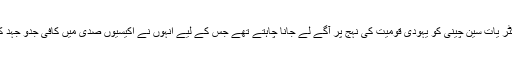
ڈاکٹر یات سین چینی کو یہودی قومیت کی نہج پر آگے لے جانا چاہتے تھے جس کے لیے انہوں‌ نے اکیسیوں صدی میں کافی جدو جہد کی۔